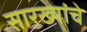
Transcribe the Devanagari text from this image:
सारख्यांचे